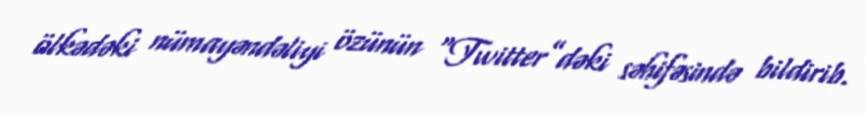
ölkədəki nümayəndəliyi özünün “Twitter”dəki səhifəsində bildirib.